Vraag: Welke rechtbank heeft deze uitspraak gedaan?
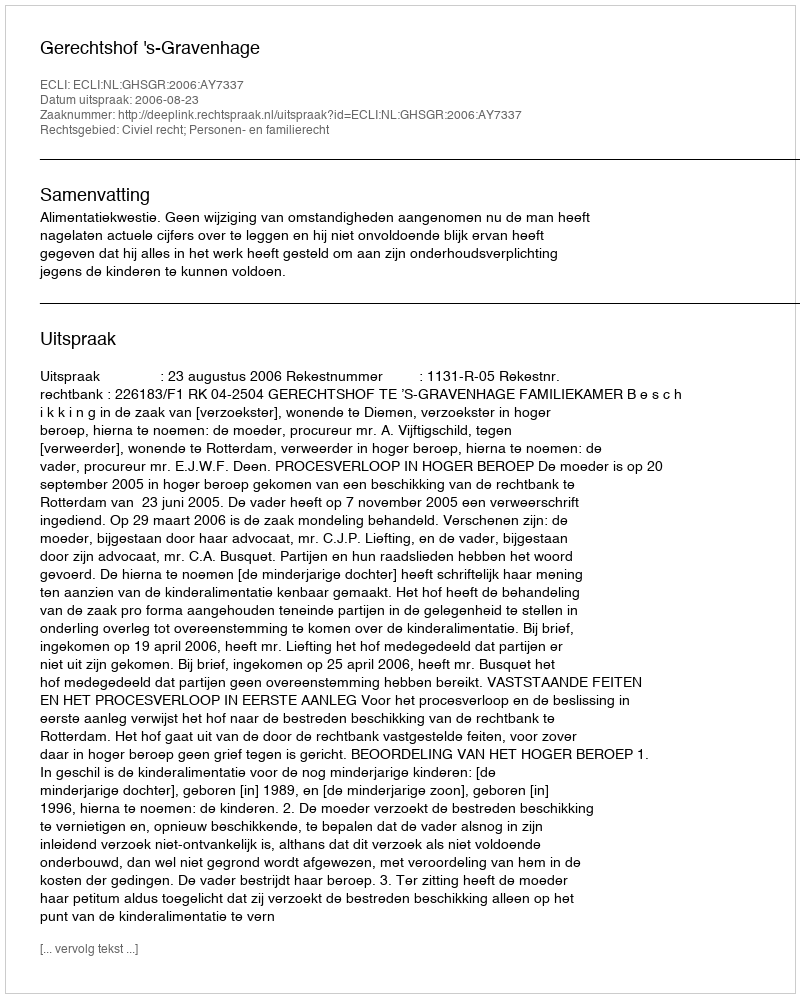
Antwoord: Gerechtshof 's-Gravenhage